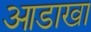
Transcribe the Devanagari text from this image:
आडाखा